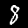
Digit: 8